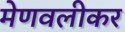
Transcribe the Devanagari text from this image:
मेणवलीकर